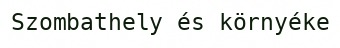
Szombathely és környéke